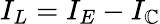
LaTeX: I_{L}=I_{E}-I_{\mathbb{C}}